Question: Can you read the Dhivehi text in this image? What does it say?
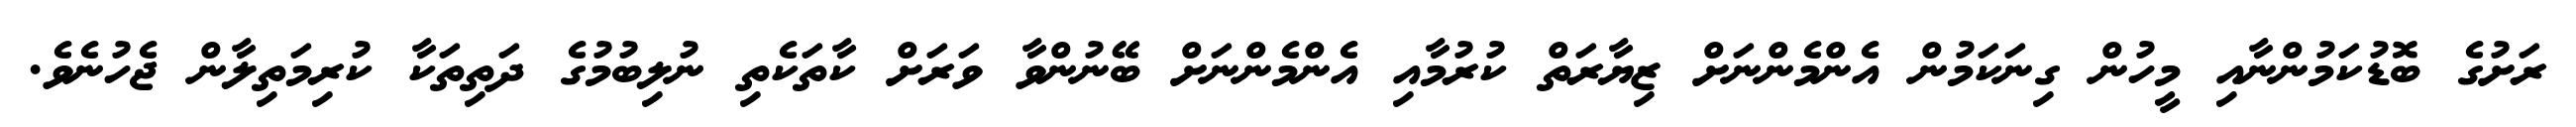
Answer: ރަށުގެ ބޮޑުކަމުންނާއި މީހުން ގިނަކަމުން އެންމެންނަށް ޒިޔާރަތް ކުރުމާއި އެންމެންނަށް ބޭނުންވާ ވަރަށް ކާތަކެތި ނުލިބުމުގެ ދަތިތަކާ ކުރިމަތިލާން ޖެހުނެވެ.